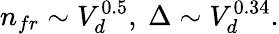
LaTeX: n_{fr}\sim V_{d}^{0.5},\ \Delta\sim V_{d}^{0.34}.